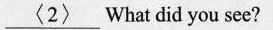
\underline{<2>}What did you see?